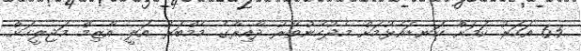
65 އަހަރު ކަމަށް ކަނޑައެޅުމަށް މެދުހެންވޭރު ދާއިރާގެ މެމްބަރު އަލީ އާޒިމް މަޖިލީހަށް